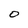
Character: O